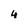
Character: 4